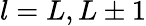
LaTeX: l=L,L\pm 1